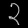
Digit: ၃